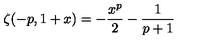
\zeta ( - p , 1 + x ) = - \frac { x ^ { p } } { 2 } - \frac { 1 } { p + 1 }